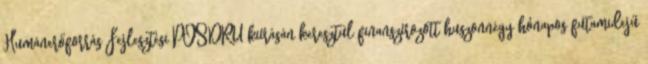
Humánerőforrás Fejlesztési POSDRU kiírásán keresztül finanszírozott huszonnégy hónapos futamidejű